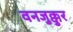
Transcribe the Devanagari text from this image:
वनजुक्कुर